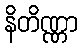
နိတိဏ္ဏာ